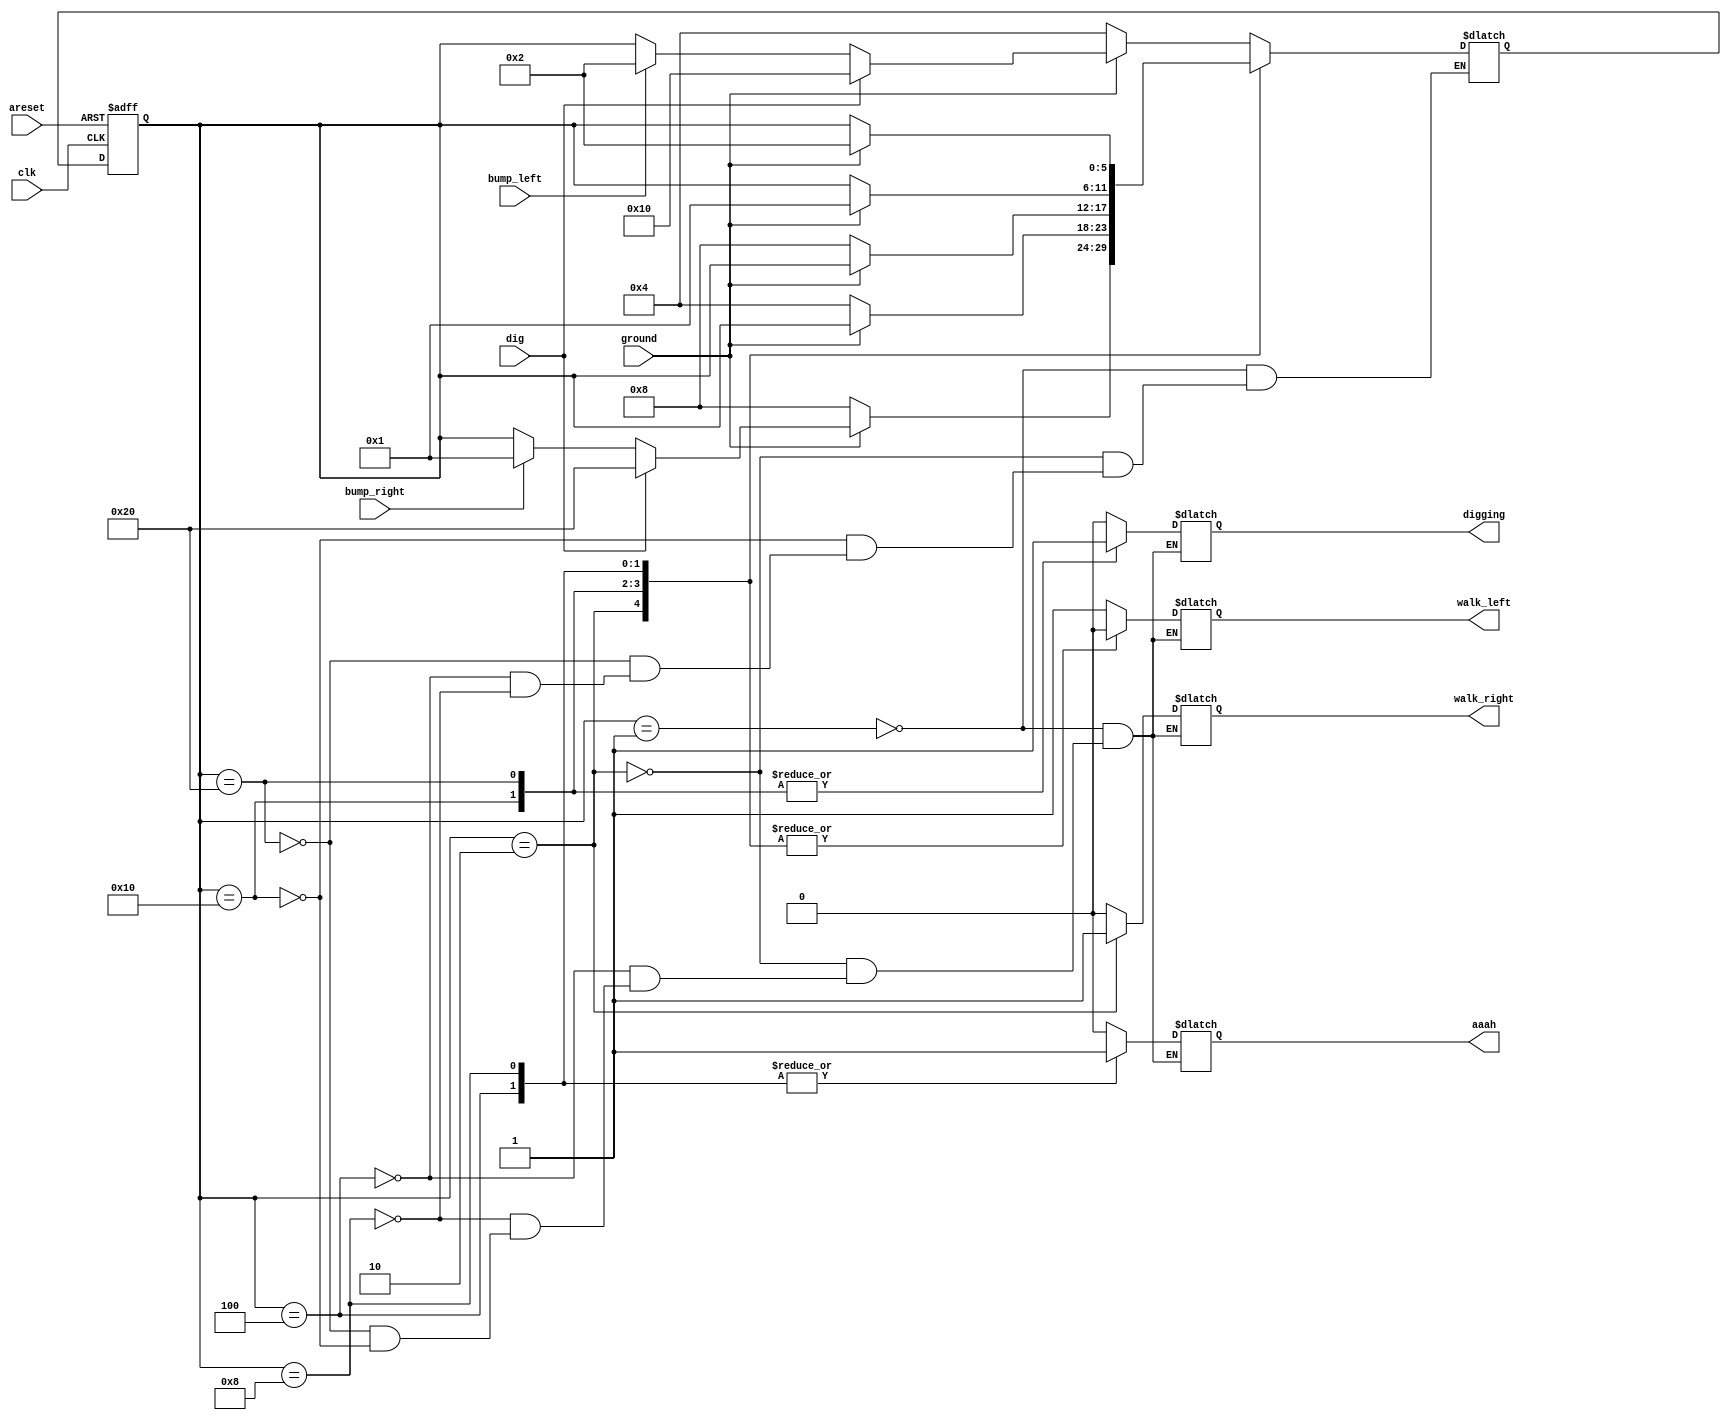
module top_module(
    input clk,
    input areset,    // Freshly brainwashed Lemmings walk left.
    input bump_left,
    input bump_right,
    input ground,
    input dig,
    output walk_left,
    output walk_right,
    output aaah,
    output digging ); 

    parameter LEFT  = 6'b000_001; // state that lemming is walking left
    parameter RIGHT = 6'b000_010; // state that lemming is walking right
    parameter FALL_LEFT  = 6'b000_100; // state that lemming is falling but before he was walking left
    parameter FALL_RIGHT = 6'b001_000; // state that lemming is falling but before he was walking right
    parameter DIGGING_LEFT  = 6'b010_000;
    parameter DIGGING_RIGHT = 6'b100_000;

    reg [5:0] state, next_state;

    always @(posedge clk, posedge areset) begin
        if (areset) begin
            state <= LEFT;
        end else begin 
            state <= next_state;
        end
    end

   always @(*) begin
        // State transition logic
        case (state)
            LEFT: begin
                if (ground == 1) begin // there is a ground
                    if (dig == 1) begin
                        next_state = DIGGING_LEFT; // start digging
                    end else begin
                        if (bump_left == 1) begin
                            next_state = RIGHT;
                        end else begin
                            next_state = state;
                        end
                    end
                end else begin // there is no ground, lemming will fall
                        next_state = FALL_LEFT; 
                end
            end

            RIGHT: begin
                if (ground == 1) begin // there is a ground
                    if (dig == 1) begin
                        next_state = DIGGING_RIGHT;
                    end else begin
                        if (bump_right == 1) begin
                            next_state = LEFT;
                        end else begin
                            next_state = state;
                        end
                    end
                end else begin // there is no ground, lemming will fall
                    next_state = FALL_RIGHT; 
                end
            end

            DIGGING_LEFT: begin
                if (ground == 0) begin
                    next_state = FALL_LEFT;
                end else begin
                    next_state = state;
                end
            end

            DIGGING_RIGHT: begin
                if (ground == 0) begin
                    next_state = FALL_RIGHT;
                end else begin
                    next_state = state;
                end
            end

            FALL_LEFT: begin
                if (ground == 1) begin
                    next_state = LEFT;
                end else begin
                    next_state = state;
                end
            end

            FALL_RIGHT: begin
                if (ground == 1) begin
                    next_state = RIGHT;
                end else begin
                    next_state = state;
                end
            end
        endcase
    end

    always @(*) begin
        case (state)
            LEFT: begin
                walk_left  = 1;
                walk_right = 0;
                aaah = 0;
                digging = 0;
            end

            RIGHT: begin
                walk_left  = 0;
                walk_right = 1;
                aaah = 0;
                digging = 0;
            end

            FALL_LEFT: begin
                walk_left  = 0;
                walk_right = 0;
                aaah = 1;
                digging = 0;
            end

            FALL_RIGHT: begin
                walk_left  = 0;
                walk_right = 0;
                aaah = 1;
                digging = 0;
            end

            DIGGING_RIGHT: begin
                walk_left  = 0;
                walk_right = 0;
                aaah = 0;
                digging = 1;
            end

            DIGGING_LEFT: begin
                walk_left  = 0;
                walk_right = 0;
                aaah = 0;
                digging = 1;
            end
        endcase
    end

endmodule